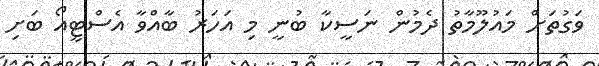
ވަގުތަށް މައުލޫމާތު ދެމުން ނަސީކާ ބުނީ މި އަހަރު ބާއްވާ އެސްޓީއޯ ބަށި